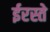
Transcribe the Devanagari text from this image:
ईरस्ते